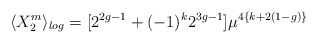
\begin{align*}\langle X_2^m \rangle_{log} = [2^{2g-1} + (-1)^k 2^{3g-1}]\mu^{4\{k+2(1-g)\} }\end{align*}